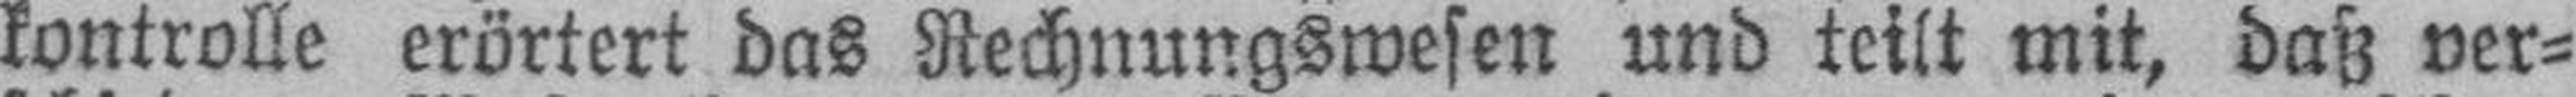
kontrolle erörtert das Rechnungswesen und teilt mit, daß ver¬